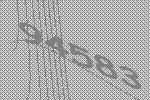
94583